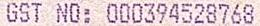
GST NO: 000394528768